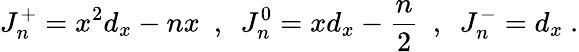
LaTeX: J_{n}^{+}=x^{2}d_{x}-nx\ \ ,\ \ J_{n}^{0}=xd_{x}-{\frac{n}{2}}\ \ ,\ \ J_{n}^{-}=d_{x}\ .